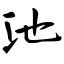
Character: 池